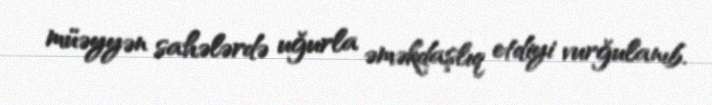
müəyyən sahələrdə uğurla əməkdaşlıq etdiyi vurğulanıb.